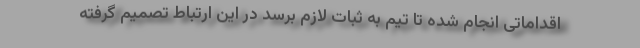
اقداماتی انجام شده تا تیم به ثبات لازم برسد در این ارتباط تصمیم گرفته